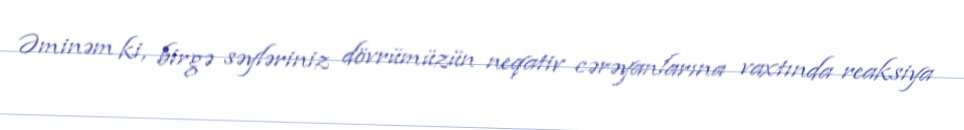
Əminəm ki, birgə səyləriniz dövrümüzün neqativ cərəyanlarına vaxtında reaksiya